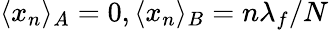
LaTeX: \langle x_{n}\rangle_{A}=0,\langle x_{n}\rangle_{B}=n\lambda_{f}/N